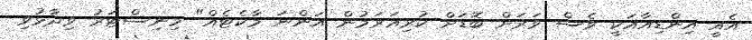
އެއީ އިންޑިއާއަކީ ވެސް ވަރަށް ބޮޑަށް ކުރިއަރަމުން އަންނަ މާކެޓެއް" މިނިސްޓަރު ވިދާޅުވި